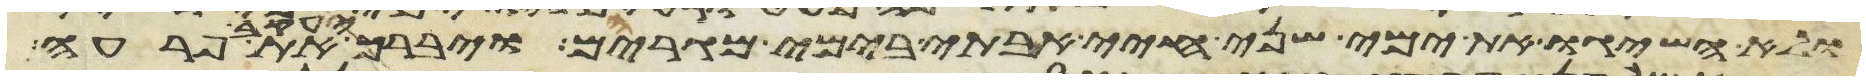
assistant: ולא השיגו את ימי שני חיי אבותי בימי מגריהם ויברך יעקב את פרעה